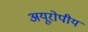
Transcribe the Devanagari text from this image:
अयूरोपीय